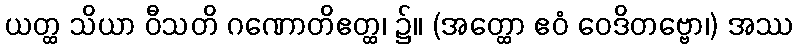
ယတ္ထ သိယာ ဝီသတိ ဂဏောတိဧတ္ထ၊ ၌။ (အတ္ထော ဧဝံ ဝေဒိတဗ္ဗော၊) အဿ